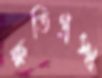
ক্ষতিগ্রস্থ